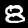
Digit: 8